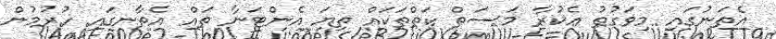
އެތަނުގައި މިވަގުތު އެކުރާ މަސަތް ކަތްތަކައް ތިޔަ އެންޓަނާ ތައް އެތާނގައި ހުރުމުން